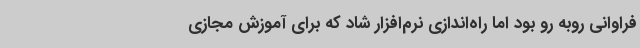
فراوانی روبه رو بود اما راه‌اندازی نرم‌افزار شاد که برای آموزش مجازی